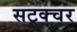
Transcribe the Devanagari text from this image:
सट्रक्चर